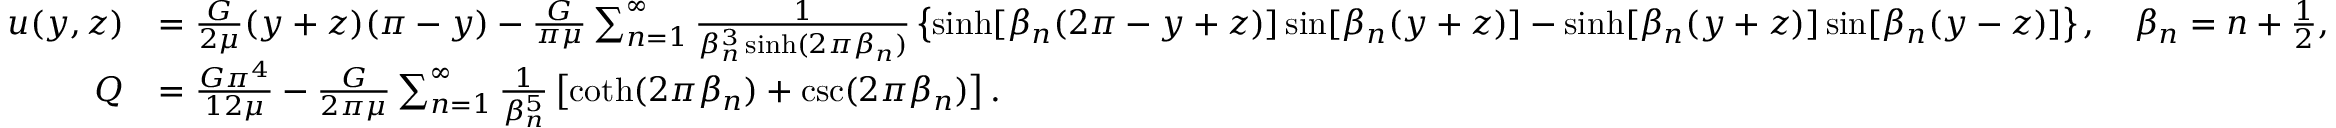
{ \begin{array} { r l } { u ( y , z ) } & { = { \frac { G } { 2 \mu } } ( y + z ) ( \pi - y ) - { \frac { G } { \pi \mu } } \sum _ { n = 1 } ^ { \infty } { \frac { 1 } { \beta _ { n } ^ { 3 } \sinh ( 2 \pi \beta _ { n } ) } } \left\{ \sinh [ \beta _ { n } ( 2 \pi - y + z ) ] \sin [ \beta _ { n } ( y + z ) ] - \sinh [ \beta _ { n } ( y + z ) ] \sin [ \beta _ { n } ( y - z ) ] \right\} , \quad \beta _ { n } = n + { \frac { 1 } { 2 } } , } \\ { Q } & { = { \frac { G \pi ^ { 4 } } { 1 2 \mu } } - { \frac { G } { 2 \pi \mu } } \sum _ { n = 1 } ^ { \infty } { \frac { 1 } { \beta _ { n } ^ { 5 } } } \left[ \coth ( 2 \pi \beta _ { n } ) + \csc ( 2 \pi \beta _ { n } ) \right] . } \end{array} }